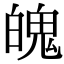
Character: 魄